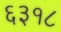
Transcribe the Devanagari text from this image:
६३१८